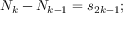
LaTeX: N _ { k } - N _ { k - 1 } = s _ { 2 k - 1 } ;